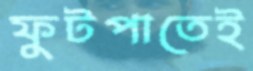
ফুটপাতেই